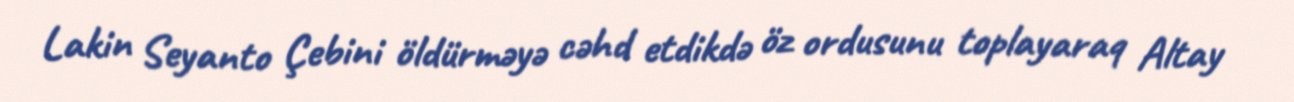
Lakin Seyanto Çebini öldürməyə cəhd etdikdə öz ordusunu toplayaraq Altay